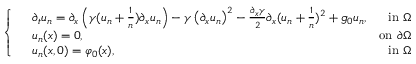
\left\{ \begin{array} { r l r } & { \partial _ { t } u _ { n } = \partial _ { x } \left( \gamma ( u _ { n } + \frac { 1 } { n } ) \partial _ { x } u _ { n } \right) - \gamma \left( \partial _ { x } u _ { n } \right) ^ { 2 } - \frac { \partial _ { x } \gamma } { 2 } \partial _ { x } ( u _ { n } + \frac { 1 } { n } ) ^ { 2 } + g _ { 0 } u _ { n } , } & { \mathrm { i n ~ } \Omega } \\ & { u _ { n } ( x ) = 0 , } & { \mathrm { o n ~ } \partial \Omega } \\ & { u _ { n } ( x , 0 ) = \varphi _ { 0 } ( x ) , } & { \mathrm { i n ~ } \Omega } \end{array} \right.